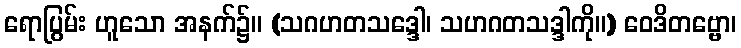
ရောပြွမ်း ဟူသော အနက်၌။ (သဂဟတသဒ္ဒေါ၊ သဟဂတသဒ္ဒါကို။) ဝေဒိတဗ္ဗော၊